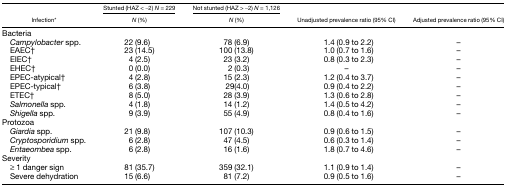
<table><thead><tr><td rowspan="2"><b>Infection*</b></td><td><b>Stunted (HAZ &lt; −2) <i>N</i> = 229</b></td><td><b>Not stunted (HAZ &gt; −2) <i>N</i> = 1,126</b></td><td rowspan="2"><b>Unadjusted prevalence ratio (95% CI)</b></td><td rowspan="2"><b>Adjusted prevalence ratio (95% CI)</b></td></tr><tr><td><b><i>N</i> (%)</b></td><td><b><i>N</i> (%)</b></td></tr></thead><tbody><tr><td colspan="5">Bacteria</td></tr><tr><td> <i>Campylobacter</i> spp.</td><td>22 (9.6)</td><td>78 (6.9)</td><td>1.4 (0.9 to 2.2)</td><td>–</td></tr><tr><td> EAEC†</td><td>23 (14.5)</td><td>100 (13.8)</td><td>1.0 (0.7 to 1.6)</td><td>–</td></tr><tr><td> EIEC†</td><td>4 (2.5)</td><td>23 (3.2)</td><td>0.8 (0.3 to 2.3)</td><td>–</td></tr><tr><td> EHEC†</td><td>0 (0.0)</td><td>2 (0.3)</td><td>–</td><td>–</td></tr><tr><td> EPEC-atypical†</td><td>4 (2.8)</td><td>15 (2.3)</td><td>1.2 (0.4 to 3.7)</td><td>–</td></tr><tr><td> EPEC-typical†</td><td>6 (3.8)</td><td>29(4.0)</td><td>0.9 (0.4 to 2.2)</td><td>–</td></tr><tr><td> ETEC†</td><td>8 (5.0)</td><td>28 (3.9)</td><td>1.3 (0.6 to 2.8)</td><td>–</td></tr><tr><td> <i>Salmonella</i> spp.</td><td>4 (1.8)</td><td>14 (1.2)</td><td>1.4 (0.5 to 4.2)</td><td>–</td></tr><tr><td> <i>Shigella</i> spp.</td><td>9 (3.9)</td><td>55 (4.9)</td><td>0.8 (0.4 to 1.6)</td><td>–</td></tr><tr><td colspan="5">Protozoa</td></tr><tr><td> <i>Giardia</i> spp.</td><td>21 (9.8)</td><td>107 (10.3)</td><td>0.9 (0.6 to 1.5)</td><td>–</td></tr><tr><td> <i>Cryptosporidium</i> spp.</td><td>6 (2.8)</td><td>47 (4.5)</td><td>0.6 (0.3 to 1.4)</td><td>–</td></tr><tr><td> <i>Entaeombea</i> spp.</td><td>6 (2.8)</td><td>16 (1.6)</td><td>1.8 (0.7 to 4.6)</td><td>–</td></tr><tr><td colspan="5">Severity</td></tr><tr><td> ≥ 1 danger sign</td><td>81 (35.7)</td><td>359 (32.1)</td><td>1.1 (0.9 to 1.4)</td><td>–</td></tr><tr><td> Severe dehydration</td><td>15 (6.6)</td><td>81 (7.2)</td><td>0.9 (0.5 to 1.6)</td><td>–</td></tr></tbody></table>